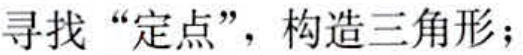
寻找 “定点”，构造三角形；